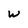
Character: w